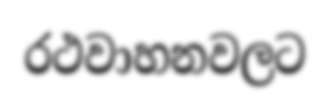
රථවාහනවලට